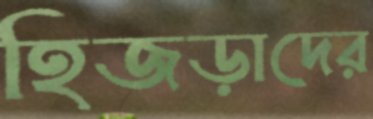
হিজড়াদের